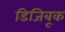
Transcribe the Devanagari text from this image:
डिजिबूक